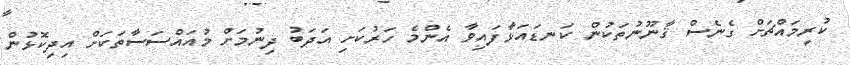
ކުރިމައްޗަށް ގެނެސް ޤާނޫނުތަކުން ކަނޑައަޅާފައިވާ އެންމެ ހަރުކަށި އަދަބު ދިނުމަށް މުއައްސަސާތަކަށް އިދިކޮޅުން